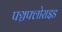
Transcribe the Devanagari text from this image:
पञ्चफ्लोराइड